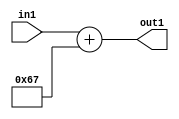
`timescale 1ps / 1ps
/*****************************************************************************
    Verilog RTL Description
    
    
    Created by: Stratus DpOpt 2019.1.01 
*******************************************************************************/

module DC_Filter_Add_12U_217_1 (
	in1,
	out1
	); /* architecture "behavioural" */ 
input [11:0] in1;
output [11:0] out1;
wire [11:0] asc001;

assign asc001 = 
	+(in1)
	+(12'B000001100111);

assign out1 = asc001;
endmodule

/* CADENCE  urnzQg0= : u9/ySgnWtBlWxVPRXgAZ4Og= ** DO NOT EDIT THIS LINE ******/